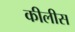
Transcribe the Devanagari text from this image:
कीलीस